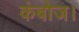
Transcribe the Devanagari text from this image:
कंबोज।